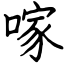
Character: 𠺢